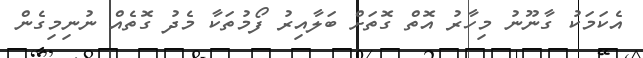
އެކަމަކު ގާނޫނު މިހާރު އޮތް ގޮތަށް ބަލާއިރު ފޯމުތަކާ މެދު ގޮތެއް ނުނިމިގެން